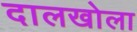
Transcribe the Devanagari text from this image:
दालखोला